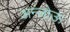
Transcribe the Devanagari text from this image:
अन्जोऊ